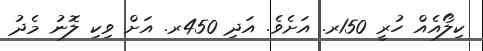
ކިލޯއެއް ހުރީ 150ރ. އަށެވެ. އަދި 450ރ. އަށް ވިކި ލޮނު މެދު